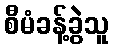
စီမံခန့်ခွဲသူ